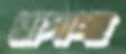
ছাপাচ্ছ